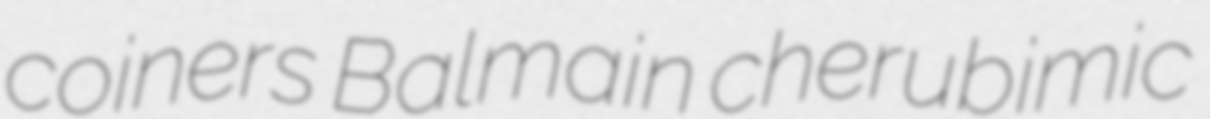
coiners Balmain cherubimic